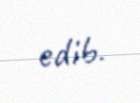
edib.